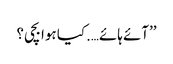
’’آئے ہائے….کیا ہوا بچی؟